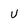
Character: u